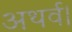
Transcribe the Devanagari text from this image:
अथर्व।